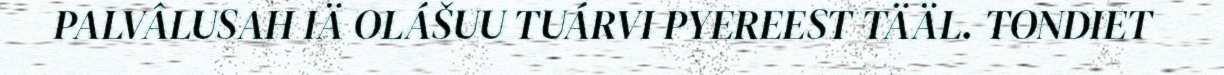
PALVÂLUSAH IÄ OLÁŠUU TUÁRVI PYEREEST TÄÄL. TONDIET